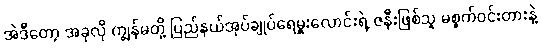
အဲဒီတော့ အခုလို ကျွန်မတို့ ပြည်နယ်အုပ်ချုပ်ရေမှူးလောင်းရဲ့ ဇနီးဖြစ်သူ မစ္စက်ဝင်းတားနဲ့